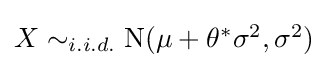
{\textstyle X\sim _{i.i.d.}\mathrm {N} (\mu +\theta ^{*}\sigma ^{2},\sigma ^{2})}